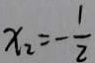
x _ { 2 } = - \frac { 1 } { 2 }